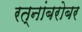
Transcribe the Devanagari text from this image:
रत्नांबरोबर